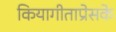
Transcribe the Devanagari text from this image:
कियागीताप्रेसके